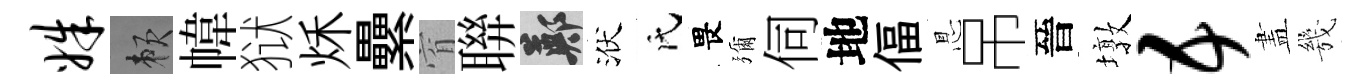
姝賴幃狱秌纍窅聨鄭洑氏畏彌伺地偪㤙吊晉墩五𥁞㡬